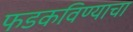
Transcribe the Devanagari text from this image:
फडकविण्याचा